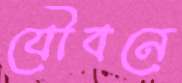
যৌবনে